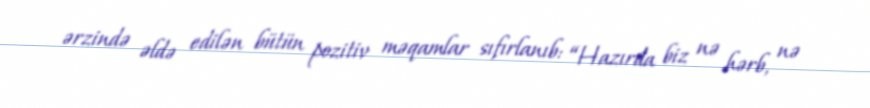
ərzində əldə edilən bütün pozitiv məqamlar sıfırlanıb: “Hazırda biz nə hərb, nə